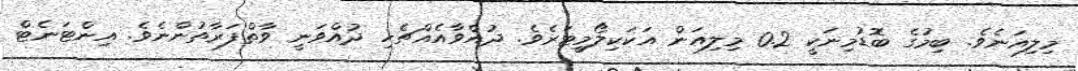
މިލިއަނެވެ. ބިމުގެ ބޮޑުމިނަކީ 0.2 މިލިއަން އަކަކިލޯމީޓަރެވެ. ދުއްވާއެއްޗެހި ދުއްވަނީ ވާތްފަރާތުންނެވެ. އިންޓަނެޓް